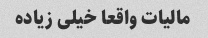
مالیات واقعا خیلی زیاده